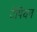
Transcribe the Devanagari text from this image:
टैंपियन